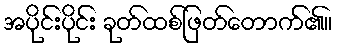
အပိုင်းပိုင်း ခုတ်ထစ်ဖြတ်တောက်၏။